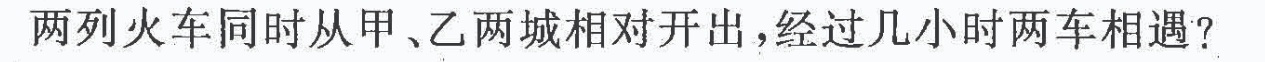
两列火车同时从甲、乙两城相对开出，经过几小时两车相遇?